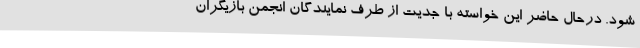
شود. درحال حاضر این خواسته با جدیت از طرف نمایندگان انجمن بازیگران